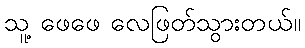
သူ့ ဖေဖေ လေဖြတ်သွားတယ်။